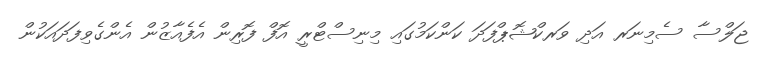
ޖަލްސާ ސެމިނަރ އަދި ވަރކްޝޮޕްފަދަ ކަންކަމުގައި މިނިސްޓްރީ އޮފް ފޮރިން އެފެއާޒުން އެންގެވިފަދައަކުން